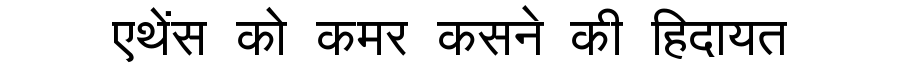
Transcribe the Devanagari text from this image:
एथेंस को कमर कसने की हिदायत